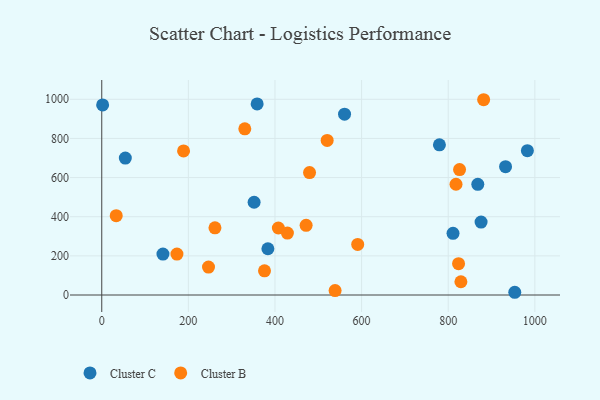
{"axis": {"x": "Speed", "y": "Sales"}, "legend": ["Cluster B", "Cluster C"], "data": [{"x": "982.8", "y": 737.3, "type": "Cluster C"}, {"x": "868.3", "y": 565.7, "type": "Cluster C"}, {"x": "560.6", "y": 924.1, "type": "Cluster C"}, {"x": "953.7", "y": 13.9, "type": "Cluster C"}, {"x": "811.1", "y": 314.9, "type": "Cluster C"}, {"x": "358.8", "y": 976.2, "type": "Cluster C"}, {"x": "932.4", "y": 655.9, "type": "Cluster C"}, {"x": "351.8", "y": 474.0, "type": "Cluster C"}, {"x": "2.0", "y": 971.1, "type": "Cluster C"}, {"x": "779.7", "y": 767.3, "type": "Cluster C"}, {"x": "141.3", "y": 208.9, "type": "Cluster C"}, {"x": "54.4", "y": 699.7, "type": "Cluster C"}, {"x": "875.9", "y": 372.6, "type": "Cluster C"}, {"x": "383.6", "y": 236.3, "type": "Cluster C"}, {"x": "330.3", "y": 849.2, "type": "Cluster B"}, {"x": "829.3", "y": 67.6, "type": "Cluster B"}, {"x": "823.9", "y": 160.1, "type": "Cluster B"}, {"x": "407.8", "y": 342.3, "type": "Cluster B"}, {"x": "591.0", "y": 258.3, "type": "Cluster B"}, {"x": "173.6", "y": 209.2, "type": "Cluster B"}, {"x": "818.0", "y": 565.9, "type": "Cluster B"}, {"x": "479.8", "y": 625.4, "type": "Cluster B"}, {"x": "33.4", "y": 405.5, "type": "Cluster B"}, {"x": "428.7", "y": 316.4, "type": "Cluster B"}, {"x": "520.5", "y": 789.7, "type": "Cluster B"}, {"x": "261.4", "y": 343.4, "type": "Cluster B"}, {"x": "881.8", "y": 997.8, "type": "Cluster B"}, {"x": "471.9", "y": 355.9, "type": "Cluster B"}, {"x": "538.8", "y": 22.8, "type": "Cluster B"}, {"x": "246.5", "y": 142.7, "type": "Cluster B"}, {"x": "826.2", "y": 641.1, "type": "Cluster B"}, {"x": "188.9", "y": 736.3, "type": "Cluster B"}, {"x": "375.8", "y": 123.7, "type": "Cluster B"}]}